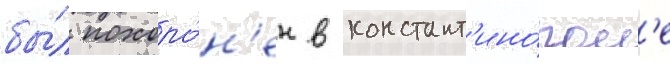
бы́л похоро́н'ен в констант'ино́пол'е